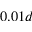
0 . 0 1 d